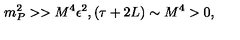
m _ { P } ^ { 2 } > > M ^ { 4 } \epsilon ^ { 2 } , ( \tau + 2 L ) \sim M ^ { 4 } > 0 ,